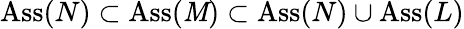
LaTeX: \operatorname{Ass}(N)\subset\operatorname{Ass}(\mathit{M})\subset\operatorname{Ass}(N)\cup\operatorname{Ass}(L)